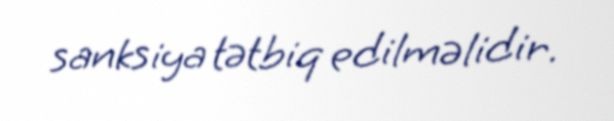
sanksiya tətbiq edilməlidir.